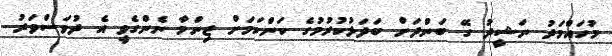
މުހައްމަދު ނަޝީދު ގޭ ބަންދަށް ބަދަލުކުރުމުގެ ކަންކަމަށް ޒިންމާ ނެންގެވީ އެ ދުވަސްވަރު